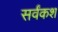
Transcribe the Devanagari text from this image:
सर्वंकश